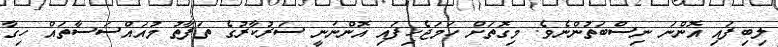
ލިބިފައި އޮންނަ ނިސްބަތުންނެވެ. މިގޮތަށް ހަމަޖެހިފައި އޮންނަނީ ސަރުކާރުގެ ތަފާތު މުއައްސަސާތައް ހިގާ